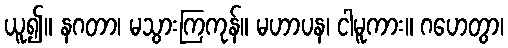
ယူ၍။ နဂတာ၊ မသွားကြကုန်။ မဟာပန၊ ငါမူကား။ ဂဟေတွာ၊